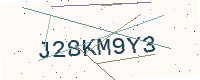
Text: J28KM9Y3